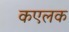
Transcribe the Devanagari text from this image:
कएलक